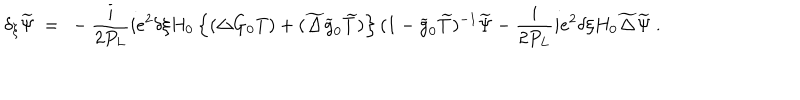
\delta _ { \xi } \widetilde \Psi \ = \ - \frac { i } { 2 P _ { L } } i e ^ { 2 } \delta \xi H _ { 0 } \left\{ ( \Delta G _ { 0 } T ) + ( \widetilde \Delta \widetilde g _ { 0 } \widetilde T ) \right\} ( 1 - \widetilde g _ { 0 } \widetilde T ) ^ { - 1 } \widetilde \Psi - \frac { i } { 2 P _ { L } } i e ^ { 2 } \delta \xi H _ { 0 } \widetilde \Delta \widetilde \Psi \ .